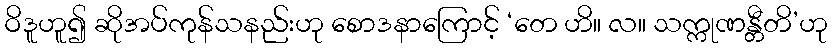
ဝိဒူဟူ၍ ဆိုအပ်ကုန်သနည်းဟု စောဒနာကြောင့် ‘တေ ဟိ။ လ။ သက္ကုဏန္တီတိ’ဟု